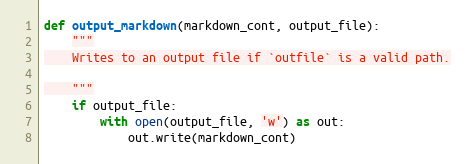
Language: Python
def output_markdown(markdown_cont, output_file):
    """
    Writes to an output file if `outfile` is a valid path.

    """
    if output_file:
        with open(output_file, 'w') as out:
            out.write(markdown_cont)